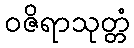
ဝဇိရာသုတ္တံ